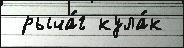
 рыча́г кула́к